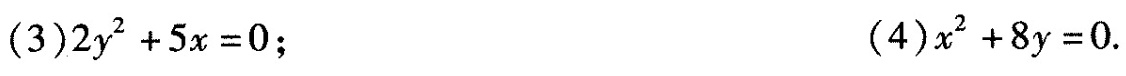
(3) $$2 y^{2} + 5 x = 0$$； (4) $$ x ^{2} + 8 y = 0$$ .